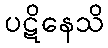
ပဋိနေသိ